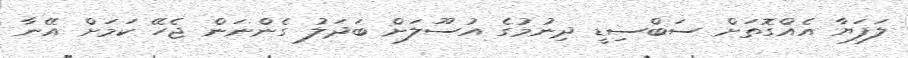
ލަފަޔާ އެއްގޮތަށް ސަބްސިޑީ ދިނުމުގެ އުސޫލަށް ބަދަލު ގެންނަން ޖެހޭ ކަމަށް އޭނާ